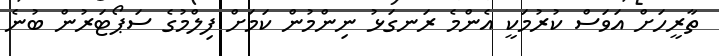
ތާރީހަށް އަވަސް ކުރުމަކީ އެންމެ ރަނގަޅު ނިންމުން ކަމަށް ފިލްމުގެ ސަޕޯޓަރުން ބުނެ